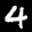
Label: 4